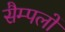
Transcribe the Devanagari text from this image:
सैम्पलों